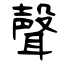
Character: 聲